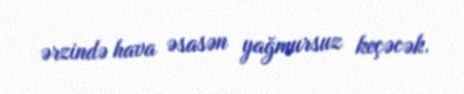
ərzində hava əsasən yağmursuz keçəcək.